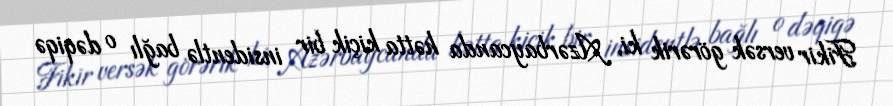
Fikir versək görərik ki, Azərbaycanda hətta kiçik bir insidentlə bağlı o dəqiqə